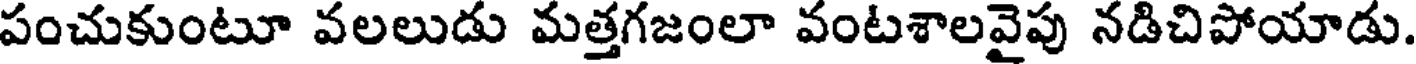
పంచుకుంటూ వలలుడు మత్తగజంలా వంటశాలవైపు నడిచిపోయాడు.